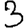
Digit: 3